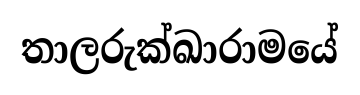
තාලරුක්ඛාරාමයේ